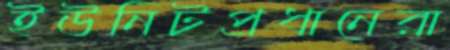
ইউনিটপ্রধানেরা